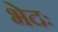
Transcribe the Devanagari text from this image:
भेदः